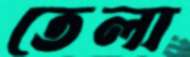
তেলা